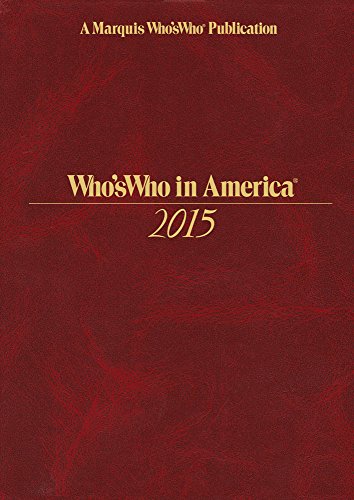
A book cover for Who's Who in America 2015; Alison Perruso; Biographies & Memoirs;